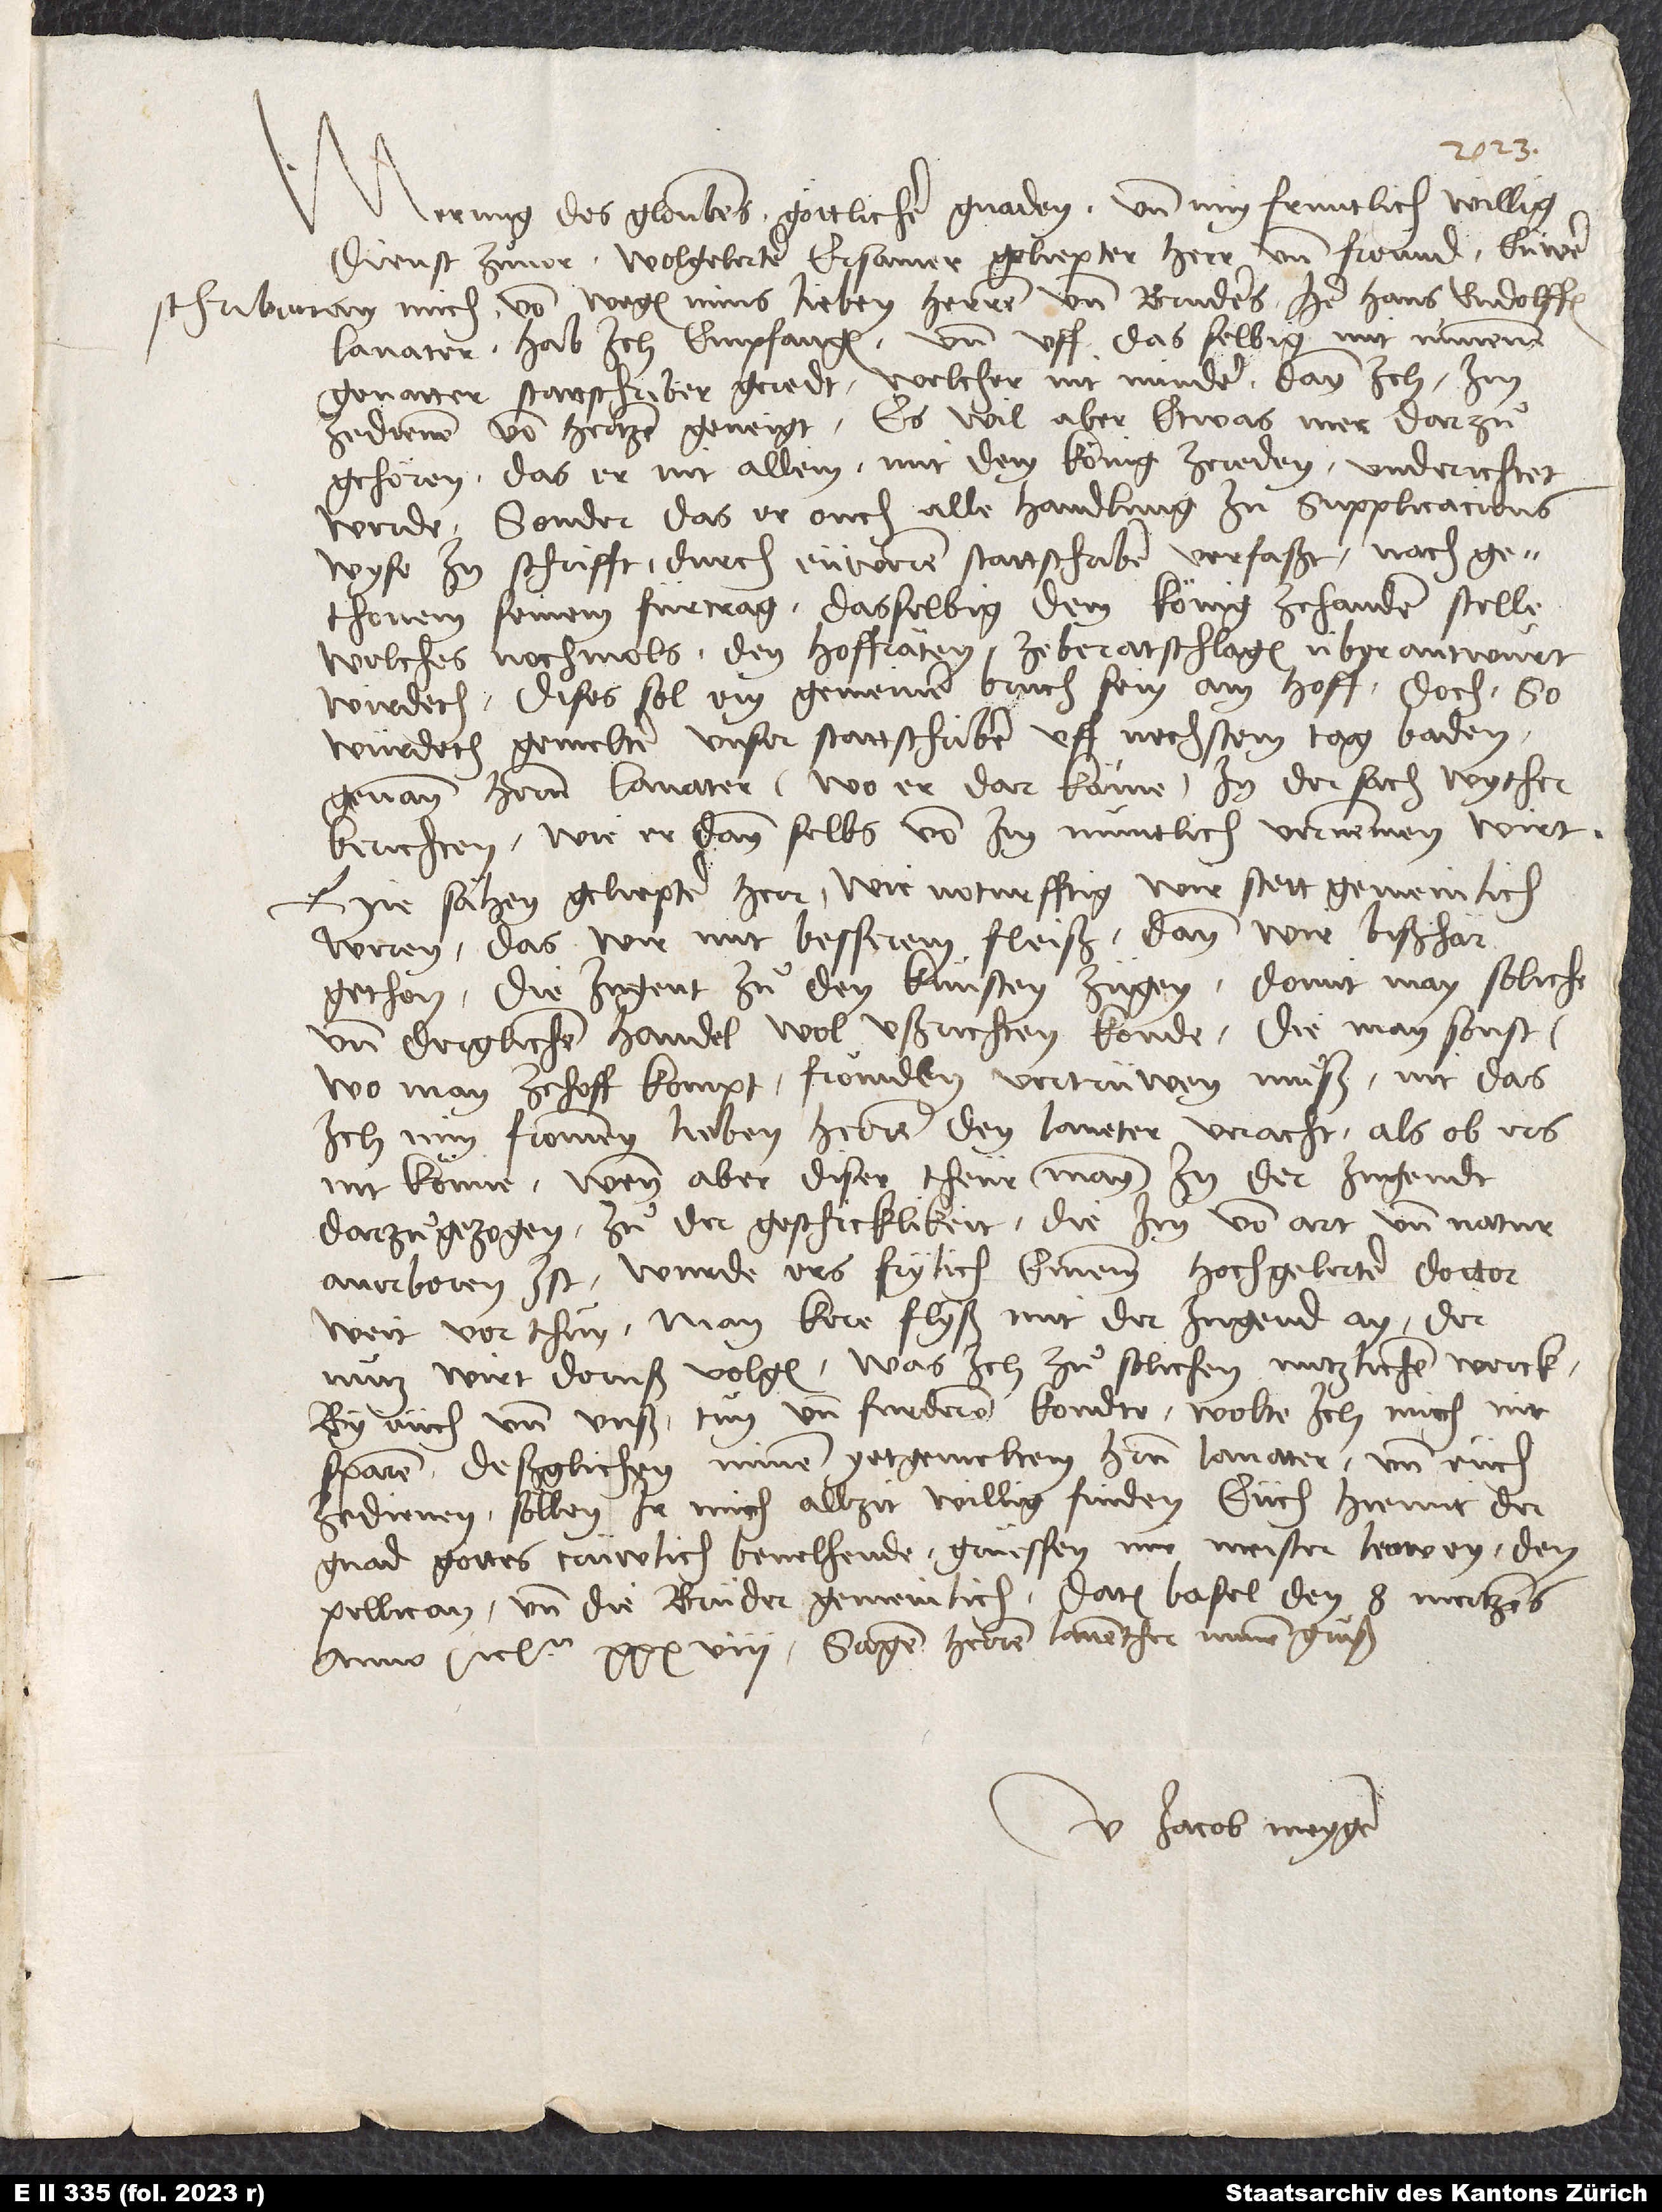
Merung des gloubens, göttlicher gnaden, und min früntlich, willig
dienst zuͦvor, wolgelerter, ersamer, geliepter herr und freund. Eüwer
schriben an mich von wegen mins lieben herren und bruͦders, herr Hans Rudolffen
Lavater, hab ich empfangen und uff dasselbig mit minem
gevatter stattschriber geredt, welcher nit minder dann ich, im
ze dienen, von hertzen geneigt. Es wil aber etwas mer darzuͦ
gehören, das er nit allein, mit dem könig ze reden, underichtet
werde, sonder das er ouch alle handlung in supplicacionswyse
in schrifft, durch eüweren stattschriber verfaßt, nach
gethonem seinem fürtrag, dasselbig dem könig ze handen stelle,
welches nochmols den hoffräten ze beratschlagen überantwurt
wirdeth. Dises sol ein gemeiner bruch sein am hoff. Doch so
würdeth gemelter unser stattschriber uff nechstem tag Baden
genanten herren Lavater, wo er dar käme, in der sach wyther
berichten, wie er dann selbs von im muntlich vernemmen wirt.
Hie sähen, geliepter herr, wie noturfftig wir stett gemeinlich
weren, das wir mit besserem fleiß, dann wir bißhär
gethon, die jugent zuͦ den künsten zügen, domit man soliche
und derglichen händel wol ußrichten könde, die man sonst,
wo man ze hoff kompt, frömbden vertrüwen muͦß. Nit das
ich min frommen, lieben herren, den Laveter, veracht, als ob ers
nit könne; wenn aber diser theür mann in der jugendt
darzuͦ gezogen zuͦ der geschicklikeit, die im von art und natur
anerboren ist, wurde ers frylich einem hochgelerten doctor
weit vor thuͦn. Man kere flyß mit der jugend an; der
nutz wirt doruß volgen. Was ich zuͦ solichen nutzlichem werck
by eüch und unß tuͦn und furderen kondte, wolte ich mich nit
sparen; deßglichen minem yetzgemelten herrn Lavater und eüch
ze dienen, söllen ir mich allzit willig finden. Eüch hiemit der
gnad gottes trüwlich bevelhende, grüessen mir Meister Leowen, den
Pellican und die brüder gemeinlich. Datum Basel, den 8. mertzens
anno etc. 38. Sagen herren Laventher minen gruͦß.
U Jacob Meyger.